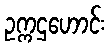
ဥက္ကဌဟောင်း